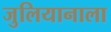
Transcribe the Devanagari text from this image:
जुलियानाला